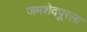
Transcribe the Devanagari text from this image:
जमशेदपूरला